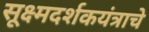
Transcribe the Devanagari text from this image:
सूक्ष्मदर्शकयंत्राचे